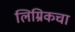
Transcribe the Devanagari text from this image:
लिम्रिकचा